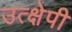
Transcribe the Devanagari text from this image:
उत्क्षेपी